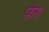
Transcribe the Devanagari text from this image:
फेग